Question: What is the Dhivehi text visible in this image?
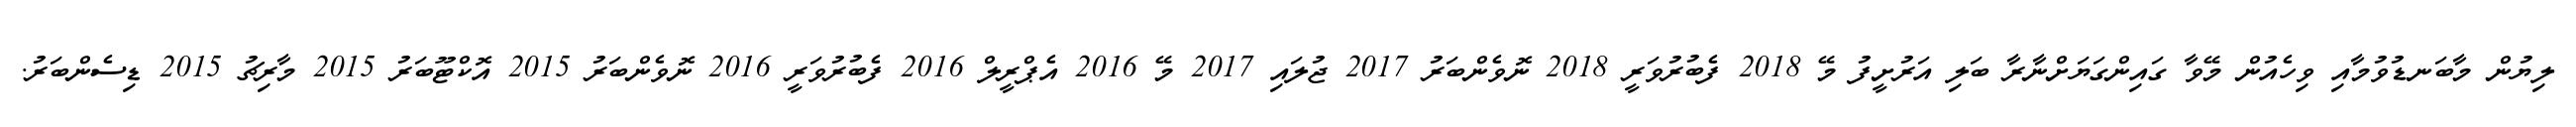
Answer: ލިޔުން މާބަނޑުވުމާއި ވިހެއުން މޭވާ ގައިންގަޔަށްނާރާ ބަލި އަރުށީފު މޭ 2018 ފެބުރުވަރީ 2018 ނޮވެންބަރު 2017 ޖުލައި 2017 މޭ 2016 އެޕްރީލް 2016 ފެބުރުވަރީ 2016 ނޮވެންބަރު 2015 އޮކްޓޫބަރު 2015 މާރިޗު 2015 ޑިސެންބަރު.